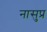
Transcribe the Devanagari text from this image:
नासुप्र